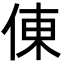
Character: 倲